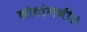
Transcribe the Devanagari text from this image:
लोटांगणी।।